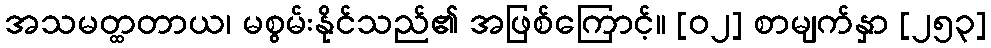
အသမတ္ထတာယ၊ မစွမ်းနိုင်သည်၏ အဖြစ်ကြောင့်။ [၀၂] စာမျက်နှာ [၂၅၃]